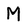
Character: M